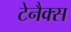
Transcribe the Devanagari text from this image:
टेनैक्स